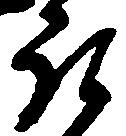
郎